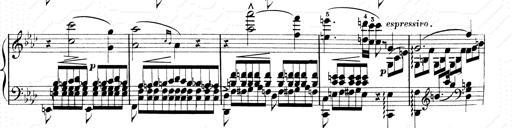
Title: 2 Transcriptions d'aprÃ¨s Rossini
Composer: Franz Liszt